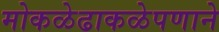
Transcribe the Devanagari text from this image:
मोकळेढाकळेपणाने